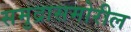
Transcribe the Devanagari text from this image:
समुद्रासमोरील